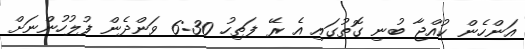
އަންހެން ކުއްޖާ ބުނި ގޮތުގައި އެ ރޭ ފަތިހު 6:30 ވަންދެން ފުލުހުންނަށް